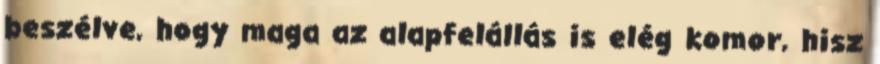
beszélve, hogy maga az alapfelállás is elég komor, hisz